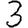
Digit: 3